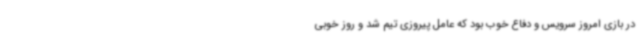
در بازی امروز سرویس و دفاع خوب بود که عامل پیروزی تیم شد و روز خوبی